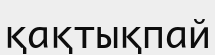
қақтықпай